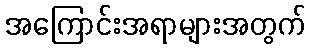
အကြောင်းအရာများအတွက်